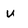
Character: W